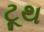
ટૂથ